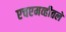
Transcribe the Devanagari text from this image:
एचएमव्हीतले